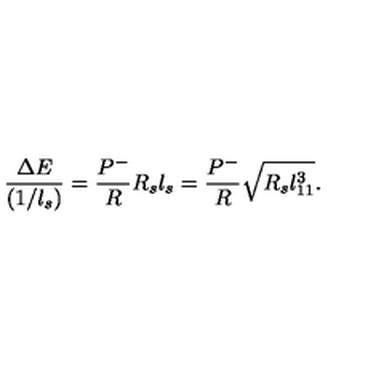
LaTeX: \frac { \Delta E } { ( 1 / l _ { s } ) } = \frac { P ^ { - } } { R } R _ { s } l _ { s } = \frac { P ^ { - } } { R } \sqrt { R _ { s } l _ { 1 1 } ^ { 3 } } .